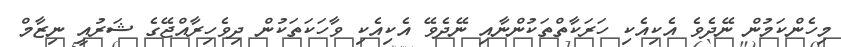
މިހެންކަމުން ނޭދެވެ އެކިއެކި ހަރަކާތްތަކުންނާއި ނޭދެވޭ އެކިއެކި ވާހަކަތަކުން ދިވެހިރާއްޖޭގެ ޝަރުއީ ނިޒާމް